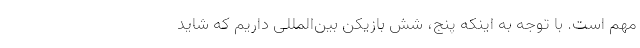
مهم است. با توجه به اینکه پنج، شش بازیکن بین‌المللی داریم که شاید